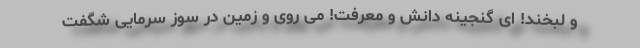
و لبخند! ای گنجینه دانش و معرفت! می روی و زمین در سوز سرمایی شگفت